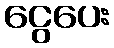
ငွေပေး